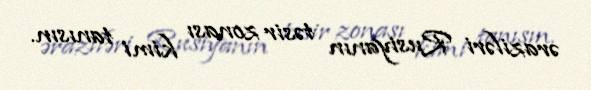
əraziləri Rusiyanın təsir zonası kimi tanısın.